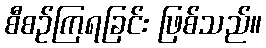
စီစဉ်ကြရခြင်း ဖြစ်သည်။